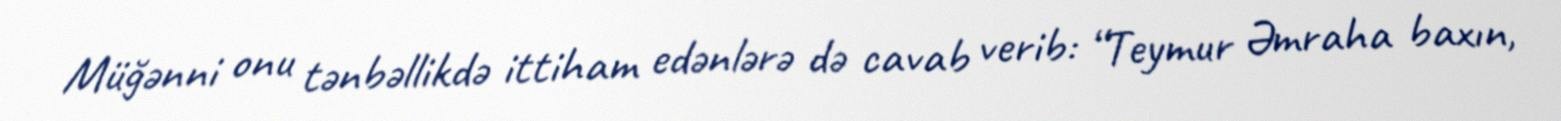
Müğənni onu tənbəllikdə ittiham edənlərə də cavab verib: “Teymur Əmraha baxın,